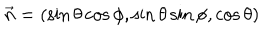
\vec { n } = ( \sin \theta \cos \phi , \sin \theta \sin \phi , \cos \theta )